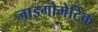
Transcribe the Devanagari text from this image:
जाइगोमेटिक